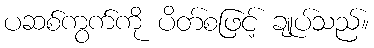
ပဆစ်ကွက်ကို ပိတ်စဖြင့် ချုပ်သည်။